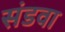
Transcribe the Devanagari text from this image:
संडवा